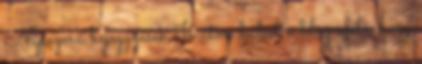
Népszerű bejegyzések Jó úton halad a blog afelé, hogy